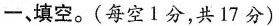
一、填空。(每空1分，共17分)